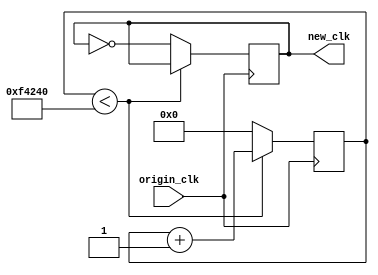
module ClkDiv_10ms(
        input origin_clk,
        output new_clk
    );
    reg [26:0]clkdiv;
    reg [26:0]t1s = 26'd1000000;
    reg new_clk = 0;
    initial clkdiv = 26'b0;
    always @(posedge origin_clk) begin
        if(clkdiv < t1s)
            clkdiv <= clkdiv+1;
        else begin
            clkdiv <= 26'b0;
            new_clk <= ~new_clk;
        end 
    end
endmodule